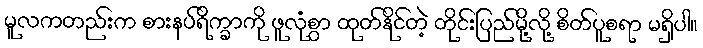
မူလကတည်းက စားနပ်ရိက္ခာကို ဖူလုံစွာ ထုတ်နိုင်တဲ့ တိုင်းပြည်မို့လို့ စိတ်ပူစရာ မရှိပါ။